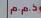
د . م . م